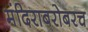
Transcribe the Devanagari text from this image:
मंदिराबरोबरच